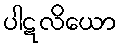
ပါဋလိယော